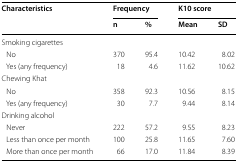
<table><thead><tr><td rowspan="2"><b>Characteristics</b></td><td colspan="2"><b>Frequency</b></td><td colspan="2"><b>K10 score</b></td></tr><tr><td><b>n</b></td><td><b>%</b></td><td><b>Mean</b></td><td><b>SD</b></td></tr></thead><tbody><tr><td colspan="5">Smoking cigarettes</td></tr><tr><td> No</td><td>370</td><td>95.4</td><td>10.42</td><td>8.02</td></tr><tr><td> Yes (any frequency)</td><td>18</td><td>4.6</td><td>11.62</td><td>10.62</td></tr><tr><td colspan="5">Chewing Khat</td></tr><tr><td> No</td><td>358</td><td>92.3</td><td>10.56</td><td>8.15</td></tr><tr><td> Yes (any frequency)</td><td>30</td><td>7.7</td><td>9.44</td><td>8.14</td></tr><tr><td colspan="5">Drinking alcohol</td></tr><tr><td> Never</td><td>222</td><td>57.2</td><td>9.55</td><td>8.23</td></tr><tr><td> Less than once per month</td><td>100</td><td>25.8</td><td>11.65</td><td>7.60</td></tr><tr><td> More than once per month</td><td>66</td><td>17.0</td><td>11.84</td><td>8.39</td></tr></tbody></table>